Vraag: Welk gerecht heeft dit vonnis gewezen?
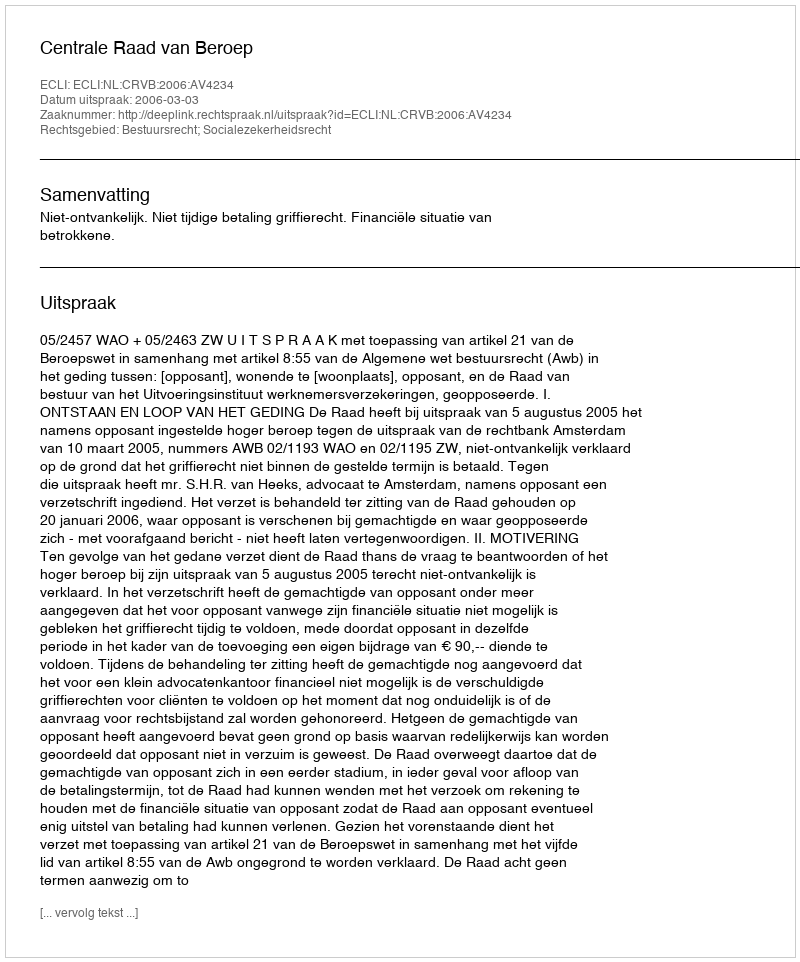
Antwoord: Centrale Raad van Beroep